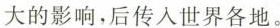
大的影响，后传入世界各地。